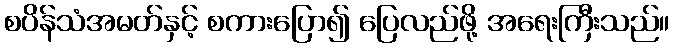
စပိန်သံအမတ်နှင့် စကားပြော၍ ပြေလည်ဖို့ အရေးကြီးသည်။